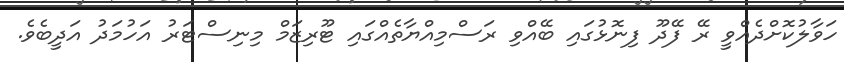
ހަވާލުކޮށްދެއްވީ ރޭ ފޭދޫ ފިނޮޅުގައި ބޭއްވި ރަސްމިއްޔާތެއްގައި ޓޫރިޒަމް މިނިސްޓަރު އަހުމަދު އަދީބެވެ.